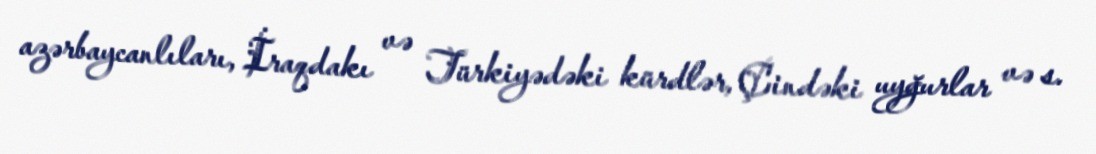
azərbaycanlıları, İraqdakı və Türkiyədəki kürdlər, Çindəki uyğurlar və s.